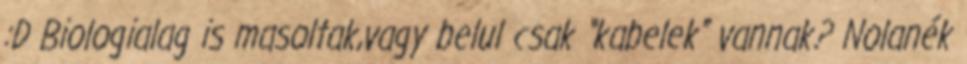
:D Biologialag is masoltak,vagy belul csak “kabelek” vannak? Nolanék